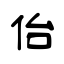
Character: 佁